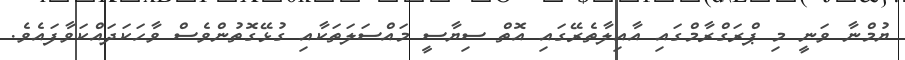
ޔުމްނާ ވަނީ މި ޕްރަގްރާމްގައި އާއިލާތެރޭގައި އޮތް ސިޔާސީ މައްސަލަތަކާއި ގުޅޭގޮތުންވެސް ވާހަކަދައްކަވާފައެވެ.